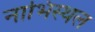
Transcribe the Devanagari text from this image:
नाभिस्थल